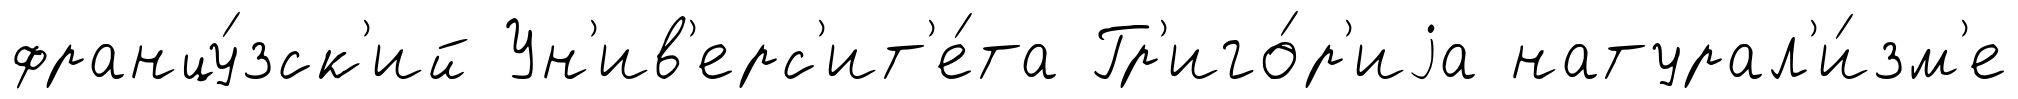
францу́зск'ий Ун'ив'ерс'ит'е́та Гр'иго́р'иjа натурал'и́зм'е